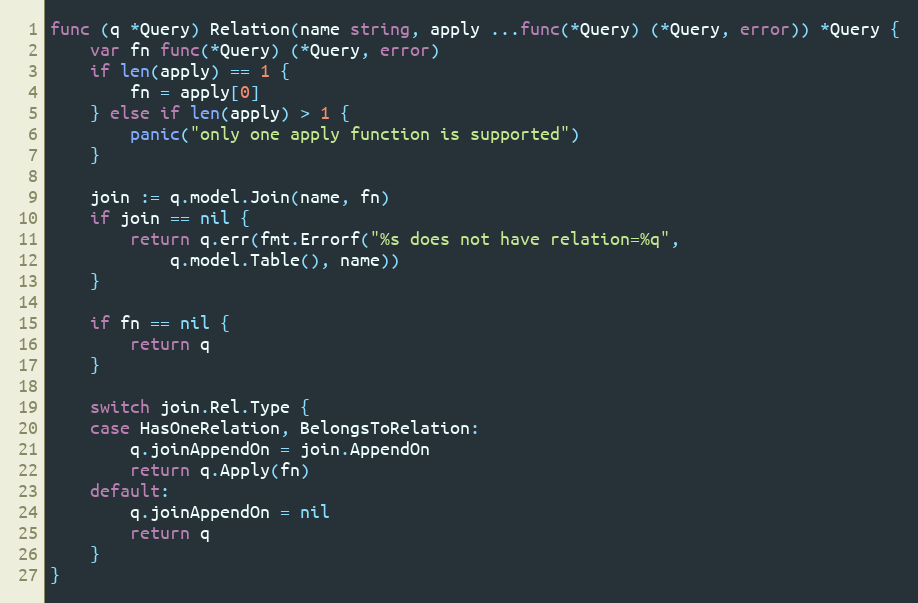
Language: Go
func (q *Query) Relation(name string, apply ...func(*Query) (*Query, error)) *Query {
	var fn func(*Query) (*Query, error)
	if len(apply) == 1 {
		fn = apply[0]
	} else if len(apply) > 1 {
		panic("only one apply function is supported")
	}

	join := q.model.Join(name, fn)
	if join == nil {
		return q.err(fmt.Errorf("%s does not have relation=%q",
			q.model.Table(), name))
	}

	if fn == nil {
		return q
	}

	switch join.Rel.Type {
	case HasOneRelation, BelongsToRelation:
		q.joinAppendOn = join.AppendOn
		return q.Apply(fn)
	default:
		q.joinAppendOn = nil
		return q
	}
}